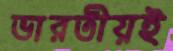
ভারতীয়ই